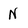
Character: N